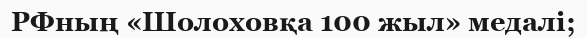
РФның «Шолоховқа 100 жыл» медалі;